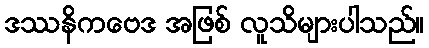
ဒဿနိကဗေဒ အဖြစ် လူသိများပါသည်။